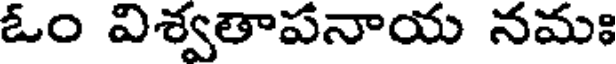
ఓం విశ్వతాపనాయ నమః